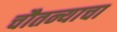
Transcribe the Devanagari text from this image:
चौतन्याचा